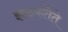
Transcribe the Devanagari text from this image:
झळकतेते